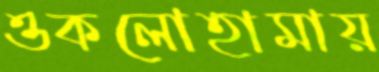
ওকলোহামায়